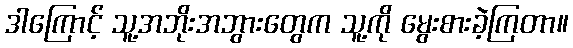
ဒါကြောင့် သူ့အဘိုးအဘွားတွေက သူ့ကို မွေးစားခဲ့ကြတာ။